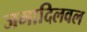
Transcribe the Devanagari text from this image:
जमादिलवल